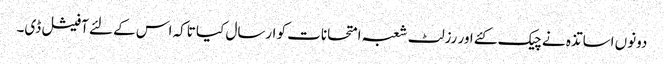
دونوں اساتذہ نے چیک کئے اور رزلٹ شعبہ امتحانات کو ارسال کیا تاکہ اس کے لئے آفیشل ڈی۔